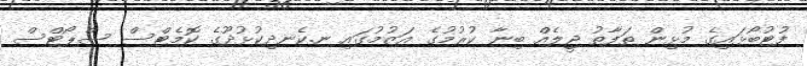
ފުޓުބޯޅައިގެ މުޅިން ތަފާތު ޖީލެއް ބިނާ ކުރުމުގެ އަޒުމުގައި ނ.ކެނދިކުޅުދޫގެ ކޮމެޓްސް ސްޕޯޓްސް